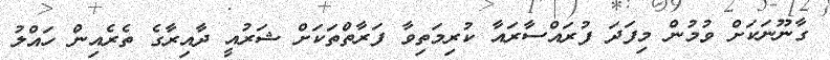
ގާނޫނަކަށް ވުމުން މިފަދަ ފުރައްސާރައާ ކުރިމަތިވާ ފަރާތްތަކަށް ޝަރުއީ ދާއިރާގެ ތެރެއިން ހައްލު